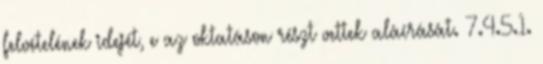
felvételének idejét, e az oktatáson részt vettek aláírását. 7.4.5.1.